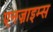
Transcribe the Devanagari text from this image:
एनज़ाइम्स